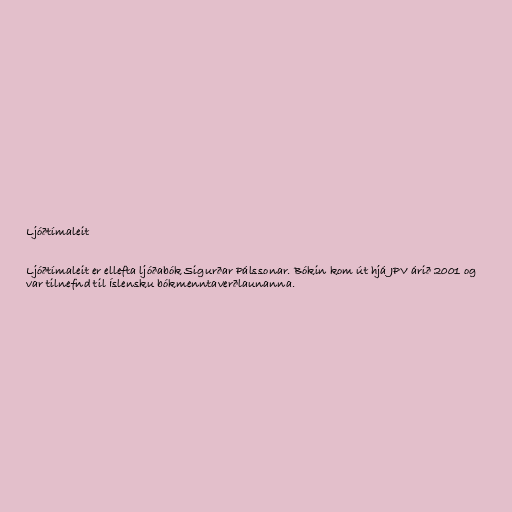
Ljóðtímaleit

Ljóðtímaleit er ellefta ljóðabók Sigurðar Pálssonar. Bókin kom út hjá JPV árið 2001 og
var tilnefnd til Íslensku bókmenntaverðlaunanna.